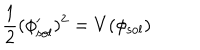
\frac { 1 } { 2 } ( \phi _ { \mathrm { s o l } } ^ { \prime } ) ^ { 2 } = V ( \phi _ { \mathrm { s o l } } )